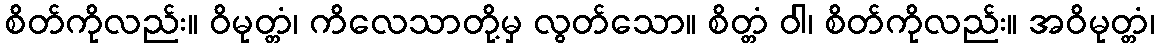
စိတ်ကိုလည်း။ ဝိမုတ္တံ၊ ကိလေသာတို့မှ လွတ်သော။ စိတ္တံ ဝါ၊ စိတ်ကိုလည်း။ အဝိမုတ္တံ၊